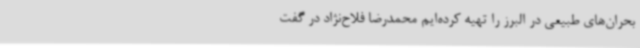
بحران‌های طبیعی در البرز را تهیه کرده‌ایم محمدرضا فلاح‌نژاد در گفت